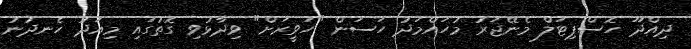
ދިއްދޫ ހޮސްޕިޓަލް މެނޭޖަރު މުހައްމަދު ހަސަން "ހަވީރަށް" ވިދާޅުވި ގޮތުގައި މިއަދު ހެނދުނު